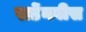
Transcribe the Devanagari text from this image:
खर्डेनवीस